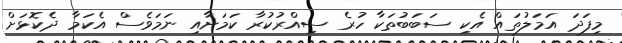
މިފަދަ އަމަލުތައް އެކި ސަބަބުތަކާ ހުރެ ސިއްރުކުރާ ކަމަށާއި ނަމަވެސް އެކަމާ ދެކޮޅަށް